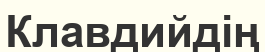
Клавдийдің